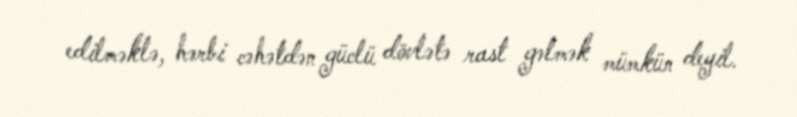
edilməklə, hərbi cəhətdən güclü dövlətə rast gəlmək mümkün deyil.